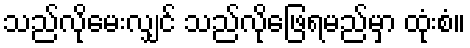
သည်လိုမေးလျှင် သည်လိုဖြေရမည်မှာ ထုံးစံ။